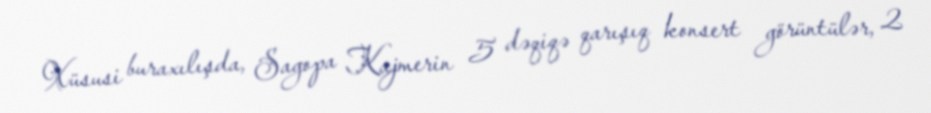
Xüsusi buraxılışda, Sagopa Kajmerin 5 dəqiqə qarışıq konsert görüntülər, 2